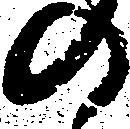
の